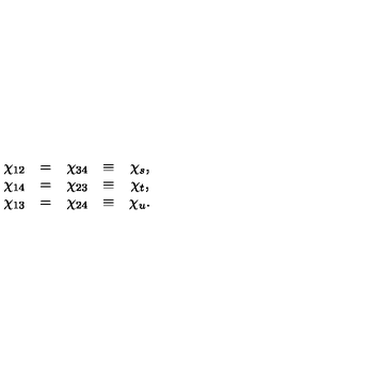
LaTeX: \begin{array} { r c l r c l } { \chi _ { 1 2 } } & { = } & { \chi _ { 3 4 } } & { \equiv } & { \chi _ { s } , } \\ { \chi _ { 1 4 } } & { = } & { \chi _ { 2 3 } } & { \equiv } & { \chi _ { t } , } \\ { \chi _ { 1 3 } } & { = } & { \chi _ { 2 4 } } & { \equiv } & { \chi _ { u } . } \\ \end{array}